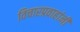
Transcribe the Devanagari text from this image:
विचारप्रवाहांनी